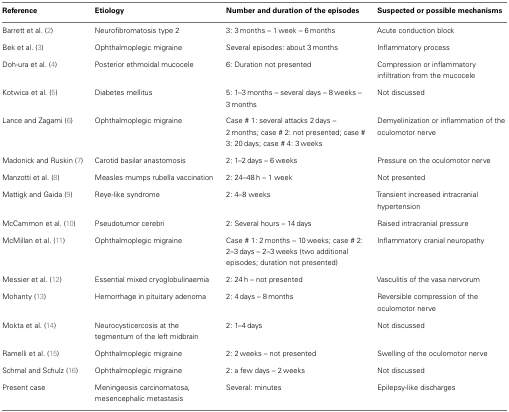
<table><thead><tr><td><b>Reference</b></td><td><b>Etiology</b></td><td><b>Number and duration of the episodes</b></td><td><b>Suspected or possible mechanisms</b></td></tr></thead><tbody><tr><td>Barrett et al. (2)</td><td>Neurofibromatosis type 2</td><td>3: 3 months – 1 week – 6 months</td><td>Acute conduction block</td></tr><tr><td>Bek et al. (3)</td><td>Ophthalmoplegic migraine</td><td>Several episodes: about 3 months</td><td>Inflammatory process</td></tr><tr><td>Doh-ura et al. (4)</td><td>Posterior ethmoidal mucocele</td><td>6: Duration not presented</td><td>Compression or inflammatory infiltration from the mucocele</td></tr><tr><td>Kotwica et al. (5)</td><td>Diabetes mellitus</td><td>5: 1–3 months – several days – 8 weeks – 3 months</td><td>Not discussed</td></tr><tr><td>Lance and Zagami (6)</td><td>Ophthalmoplegic migraine</td><td>Case # 1: several attacks 2 days – 2 months; case # 2: not presented; case # 3: 20 days; case # 4: 3 weeks</td><td>Demyelinization or inflammation of the oculomotor nerve</td></tr><tr><td>Madonick and Ruskin (7)</td><td>Carotid basilar anastomosis</td><td>2: 1–2 days – 6 weeks</td><td>Pressure on the oculomotor nerve</td></tr><tr><td>Manzotti et al. (8)</td><td>Measles mumps rubella vaccination</td><td>2: 24–48 h – 1 week</td><td>Not presented</td></tr><tr><td>Mattigk and Gaida (9)</td><td>Reye-like syndrome</td><td>2: 4–8 weeks</td><td>Transient increased intracranial hypertension</td></tr><tr><td>McCammon et al. (10)</td><td>Pseudotumor cerebri</td><td>2: Several hours – 14 days</td><td>Raised intracranial pressure</td></tr><tr><td>McMillan et al. (11)</td><td>Ophthalmoplegic migraine</td><td>Case # 1: 2 months – 10 weeks; case # 2: 2–3 days – 2–3 weeks (two additional episodes; duration not presented)</td><td>Inflammatory cranial neuropathy</td></tr><tr><td>Messier et al. (12)</td><td>Essential mixed cryoglobulinaemia</td><td>2: 24 h – not presented</td><td>Vasculitis of the vasa nervorum</td></tr><tr><td>Mohanty (13)</td><td>Hemorrhage in pituitary adenoma</td><td>2: 4 days – 8 months</td><td>Reversible compression of the oculomotor nerve</td></tr><tr><td>Mokta et al. (14)</td><td>Neurocysticercosis at the tegmentum of the left midbrain</td><td>2: 1–4 days</td><td>Not discussed</td></tr><tr><td>Ramelli et al. (15)</td><td>Ophthalmoplegic migraine</td><td>2: 2 weeks – not presented</td><td>Swelling of the oculomotor nerve</td></tr><tr><td>Schmal and Schulz (16)</td><td>Ophthalmoplegic migraine</td><td>2: a few days – 2 weeks</td><td>Not discussed</td></tr><tr><td>Present case</td><td>Meningeosis carcinomatosa, mesencephalic metastasis</td><td>Several: minutes</td><td>Epilepsy-like discharges</td></tr></tbody></table>